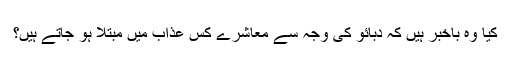
کیا وہ باخبر ہیں کہ دبائو کی وجہ سے معاشرے کس عذاب میں مبتلا ہو جاتے ہیں؟